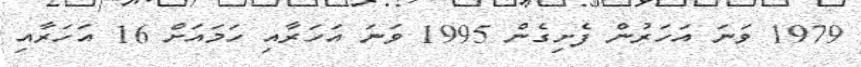
1979 ވަނަ އަހަރުން ފެށިގެން 1995 ވަނަ އަހަރާއި ހަމައަށް 16 އަހަރާއި